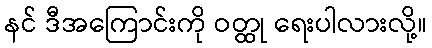
နင် ဒီအကြောင်းကို ဝတ္ထု ရေးပါလားလို့။